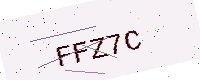
Text: FFZ7C